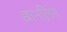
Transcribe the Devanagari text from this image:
ज्ञानलिंग